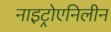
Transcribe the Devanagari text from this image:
नाइट्रोएनिलीन